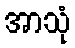
အာသုံ